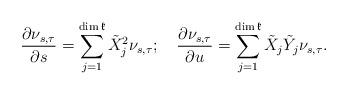
LaTeX: \begin{align*}\frac{\partial\nu_{s,\tau}}{\partial s}=\sum_{j=1}^{\dim\mathfrak{k}}\tilde{X}_{j}^{2}\nu_{s,\tau};\quad\frac{\partial\nu_{s,\tau}}{\partial u}=\sum_{j=1}^{\dim\mathfrak{k}}\tilde{X}_{j}\tilde{Y}_{j}\nu_{s,\tau}.\end{align*}